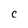
Character: c